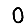
Digit: 0